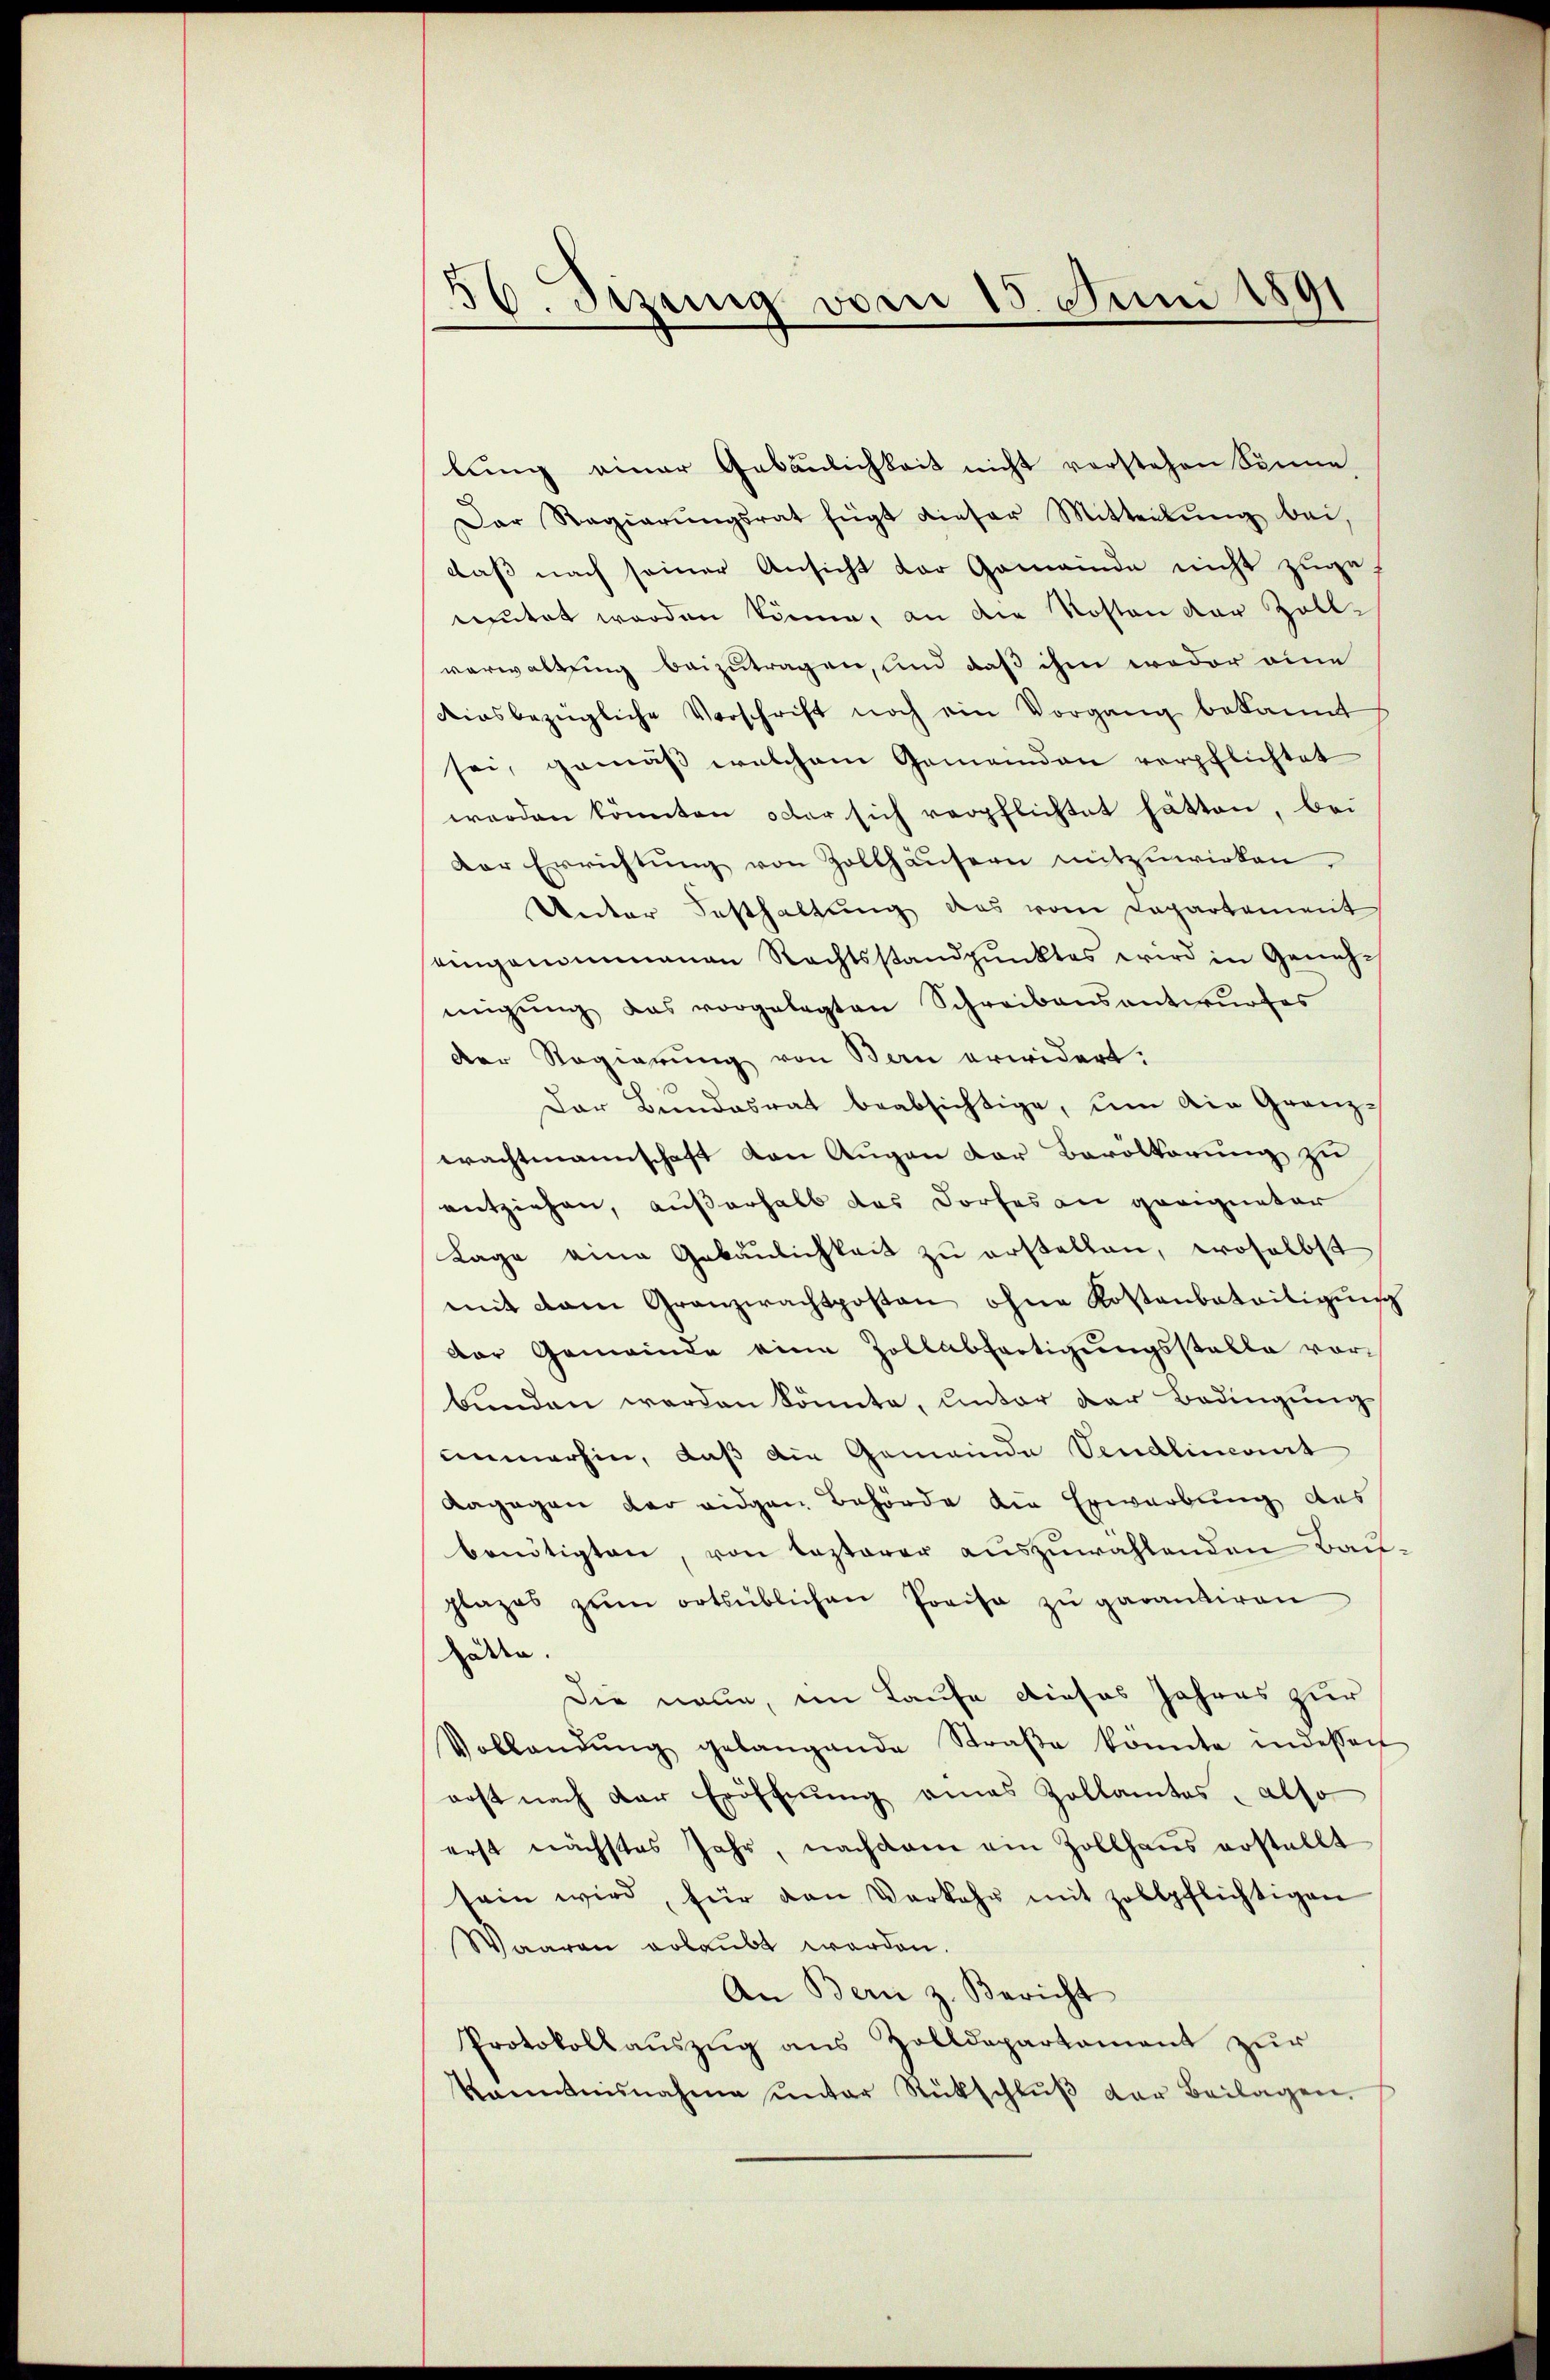
56. Sizung vom 15. Juni 1891

lung einer Gebäulichkeit nicht verstehen könne
Der Regierŭngsrat fügt dieser Mitteilŭng bei,
daß nach seiner Ansicht der Gemeinde nicht zugemeutet worden könne, an die Kosten der Zollverwaltung beizutragen, und daß ihm weder eine
Riesbezügliche Verschrift noch ein Vorgang bekannt
sei, gemäß welchem Gemeinden verpflichtet
werden könnten oder sich verpflichtet hätten, bei
Der Errichtŭng von Zollhäŭsern mitzuwirken.
Unter Festhaltŭng das vom Departement
eingenommenen Rechtsstandpunktes wird in Genehmigŭng das vorgelegten Schreibensantwŭrfes
Der Regierung von Bern erwidert.
Der Bundesrat beabsichtige, um die Granzerachtmannschaft von Augen der Bevolkerung zu
entziehen, außerhalb das Dorfes an geeigneter
Lage eine Gebäŭlichkeit zu erstellen, woselbst
mit dem Granzwachtposten ohne Kostenbateitigung
der Gemeinde eine Zollabfertigungsstelle vorbŭnden werden könnte, unter der Bedingŭng
immerhin, daß die Gemeinde Vendlincont
Aagegen der eidgen Behörde die Erwerbung des
benötigten, von lezterer auszuwählenden Bachplazes zŭm ortsüblichen Preisa zŭ garantiren
uden.
Die neue, im Laufe dieses Jahres zur
Vollandŭng gelangende Straβe könnte indesser
erst nach der Eröffnung eines Zollamtes, also
erst nächstes Jahr, nachdem ein Zollhaŭs erstellt
sein wird, für den Verkehr mit Zollpflichtigen
Waaren erlaubt werden.
An Bern z. Bericht
Protokollaŭszŭg ans Zolldepartament zŭr
kanntnisnahme unter Rückschlŭβ der Beilagen.